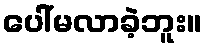
ပေါ်မလာခဲ့ဘူး။